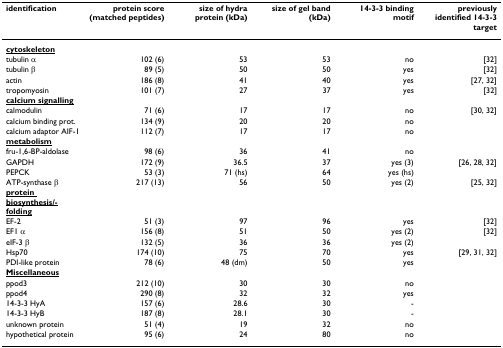
| identification | protein score (matched peptides) | size of hydra protein (kDa) | size of gel band (kDa) | 14-3-3 binding motif | previously identified 14-3-3 target |
 | --- | --- | --- | --- | --- | --- |
 | <underline>cytoskeleton</underline> |  |  |  |  |  |
 | tubulin α | 102 (6) | 53 | 53 | no | [32] |
 | tubulin β | 89 (5) | 50 | 50 | yes | [32] |
 | actin | 186 (8) | 41 | 40 | yes | [27, 32] |
 | tropomyosin | 101 (7) | 27 | 37 | yes | [32] |
 | <underline>calcium signalling</underline> |  |  |  |  |  |
 | calmodulin | 71 (6) | 17 | 17 | no | [30, 32] |
 | calcium binding prot. | 134 (9) | 20 | 20 | no |  |
 | calcium adaptor AIF-1 | 112 (7) | 17 | 17 | no |  |
 | <underline>metabolism</underline> |  |  |  |  |  |
 | fru-1,6-BP-aldolase | 98 (6) | 36 | 41 | no |  |
 | GAPDH | 172 (9) | 36.5 | 37 | yes (3) | [26, 28, 32] |
 | PEPCK | 53 (3) | 71 (hs) | 64 | yes (hs) |  |
 | ATP-synthase β | 217 (13) | 56 | 50 | yes (2) | [25, 32] |
 | <underline>protein biosynthesis/-folding</underline> |  |  |  |  |  |
 | EF-2 | 51 (3) | 97 | 96 | yes | [32] |
 | EF1 α | 156 (8) | 51 | 50 | yes (2) | [32] |
 | eIF-3 β | 132 (5) | 36 | 36 | yes (2) |  |
 | Hsp70 | 174 (10) | 75 | 70 | yes | [29, 31, 32] |
 | PDI-like protein | 78 (6) | 48 (dm) | 50 | yes |  |
 | <underline>Miscellaneous</underline> |  |  |  |  |  |
 | ppod3 | 212 (10) | 30 | 30 | no |  |
 | ppod4 | 290 (8) | 32 | 32 | yes |  |
 | 14-3-3 HyA | 157 (6) | 28.6 | 30 | - |  |
 | 14-3-3 HyB | 187 (8) | 28.1 | 30 | - |  |
 | unknown protein | 51 (4) | 19 | 32 | no |  |
 | hypothetical protein | 95 (6) | 24 | 80 | no |  |